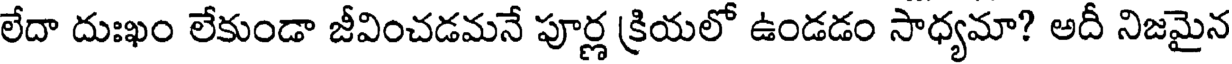
లేదా దుఃఖం లేకుండా జీవించడమనే పూర్ణ క్రియలో ఉండడం సాధ్యమా? అదీ నిజమైన